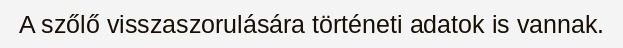
A szőlő visszaszorulására történeti adatok is vannak.